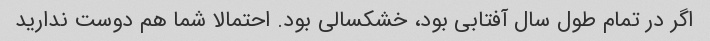
اگر در تمام طول سال آفتابی بود، خشکسالی بود. احتمالا شما هم دوست ندارید